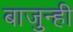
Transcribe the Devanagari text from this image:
बाजुन्ही